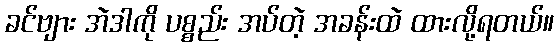
ခင်ဗျား အဲဒါကို ပစ္စည်း အပ်တဲ့ အခန်းထဲ ထားလို့ရတယ်။